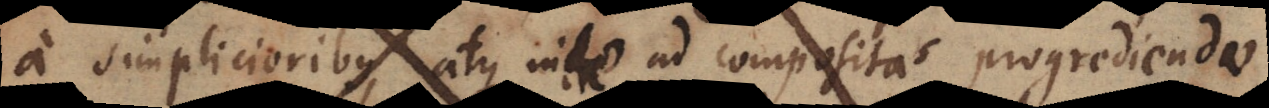
a simplicioribus, atque inde ad compositas progrediendo